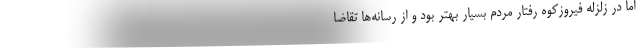
اما در زلزله فیروزکوه رفتار مردم بسیار بهتر بود و از رسانه‌ها تقاضا